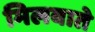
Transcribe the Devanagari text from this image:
मिलवाते